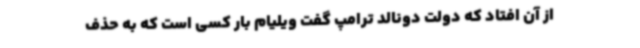
از آن افتاد که دولت دونالد ترامپ گفت ویلیام بار کسی است که به حذف